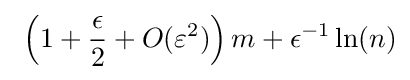
\ \left(1+{\frac {\epsilon }{2}}+O(\varepsilon ^{2})\right)m+\epsilon ^{-1}\ln(n)